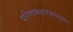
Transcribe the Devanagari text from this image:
परिणामकारकतेनुसार